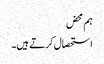
ہم محض
استحصال کرتے ہیں۔